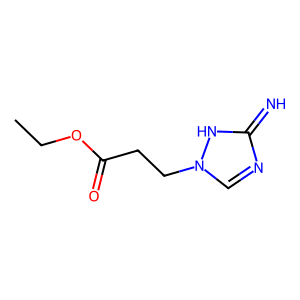
SMILES: CCOC(=O)CCn1cnc(=N)[nH]1
Inhibits HIV replication: No